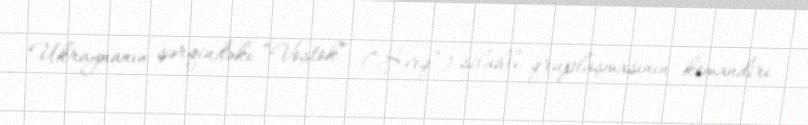
Ukraynanın şərqindəki “Vostok” (“Şərq”) silahlı qruplaşmasının komandiri